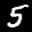
Label: 5